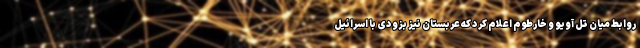
روابط میان تل آویو و خارطوم اعلام کرد که عربستان نیز بزودی با اسرائیل